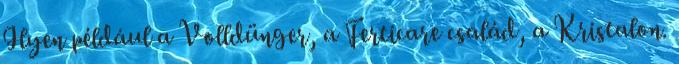
Ilyen például a Volldünger, a Ferticare család, a Kristalon.